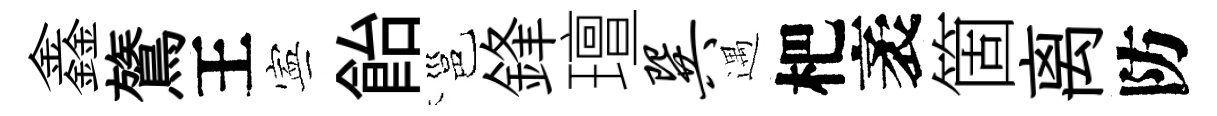
鑫鷟王寕飴邕鋒璮巽遇杷袤箇离防